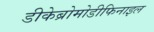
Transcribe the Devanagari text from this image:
डीकेब्रोमोडीफिनाइल